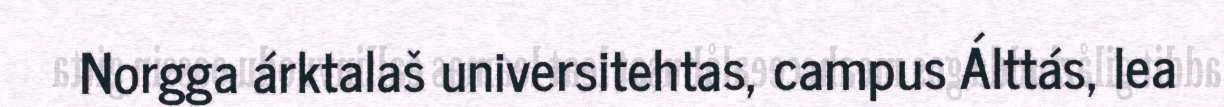
Norgga árktalaš universitehtas, campus Álttás, lea